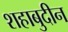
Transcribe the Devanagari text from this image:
शहाबुदीन